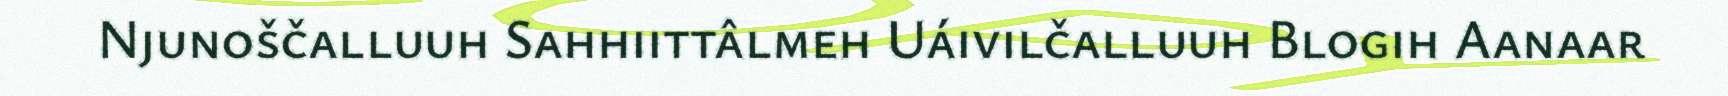
Njunoščalluuh Sahhiittâlmeh Uáivilčalluuh Blogih Aanaar